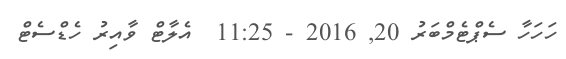
ހަހަހާ ސެޕްޓެމްބަރު 20